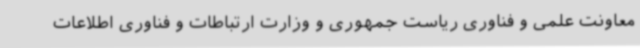
معاونت علمی و فناوری ریاست جمهوری و وزارت ارتباطات و فناوری اطلاعات